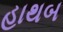
હાથબ